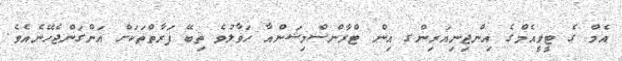
އެމް ގެ ޓީވީއެމްގެ އިންޖިނިއަރިންގ އިން ޓްރާންސްމިޝަންއާ ހަވާލުވެ ތިބޭ ފަރާތްތަކަށް އަންގަންޖެހޭނެއެވެ.